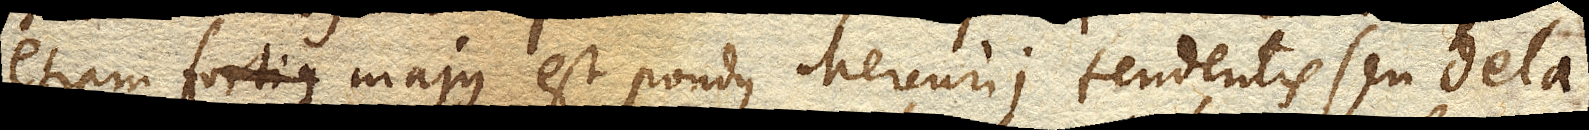
etiam fortius majus est pondus Mercurii tendentis seu dela–